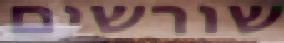
שורשים